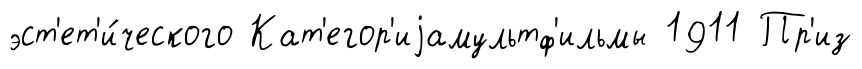
эст'ет'и́ческого Кат'егор'иjамультф'ильмы 1911 Пр'из